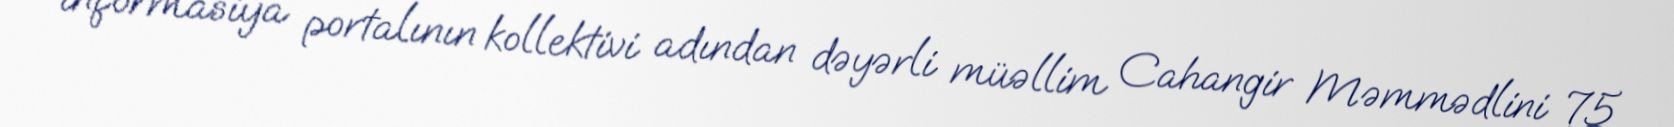
informasiya portalının kollektivi adından dəyərli müəllim Cahangir Məmmədlini 75